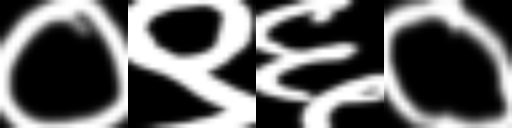
Text: ०९६०